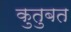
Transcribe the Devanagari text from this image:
कुतुबत